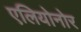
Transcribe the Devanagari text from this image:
एलियोनोर